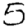
Digit: 5